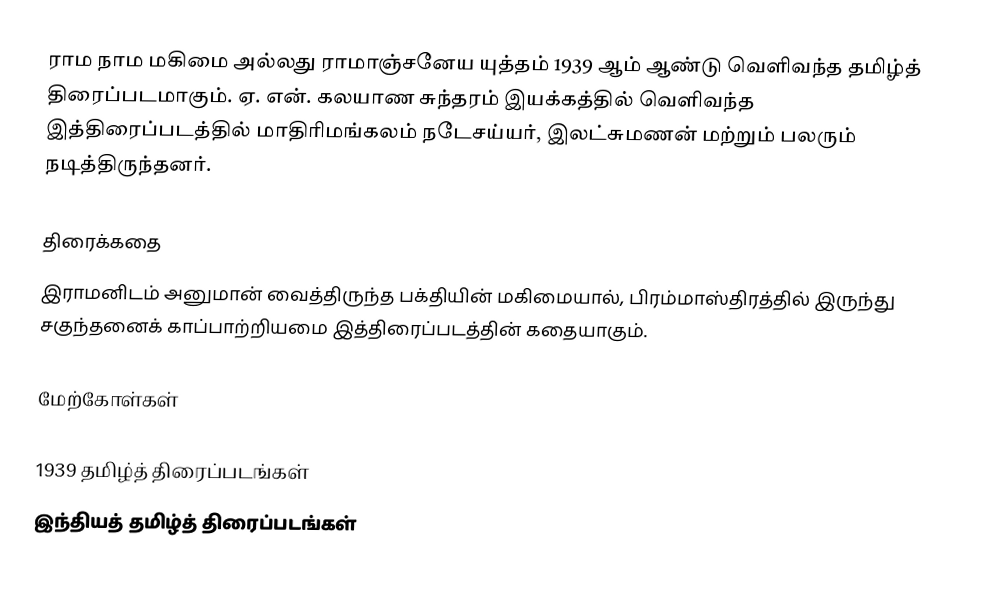
ராம நாம மகிமை அல்லது ராமாஞ்சனேய யுத்தம் 1939 ஆம் ஆண்டு வெளிவந்த தமிழ்த் திரைப்படமாகும். ஏ. என். கலயாண சுந்தரம் இயக்கத்தில் வெளிவந்த இத்திரைப்படத்தில் மாதிரிமங்கலம் நடேசய்யர், இலட்சுமணன் மற்றும் பலரும் நடித்திருந்தனர்.

திரைக்கதை
இராமனிடம் அனுமான் வைத்திருந்த பக்தியின் மகிமையால், பிரம்மாஸ்திரத்தில் இருந்து சகுந்தனைக் காப்பாற்றியமை இத்திரைப்படத்தின் கதையாகும்.

மேற்கோள்கள்

1939 தமிழ்த் திரைப்படங்கள்
இந்தியத் தமிழ்த் திரைப்படங்கள்